Triigi_(Aleksandri)_vallavalitsus_Harjumaal, lk 12
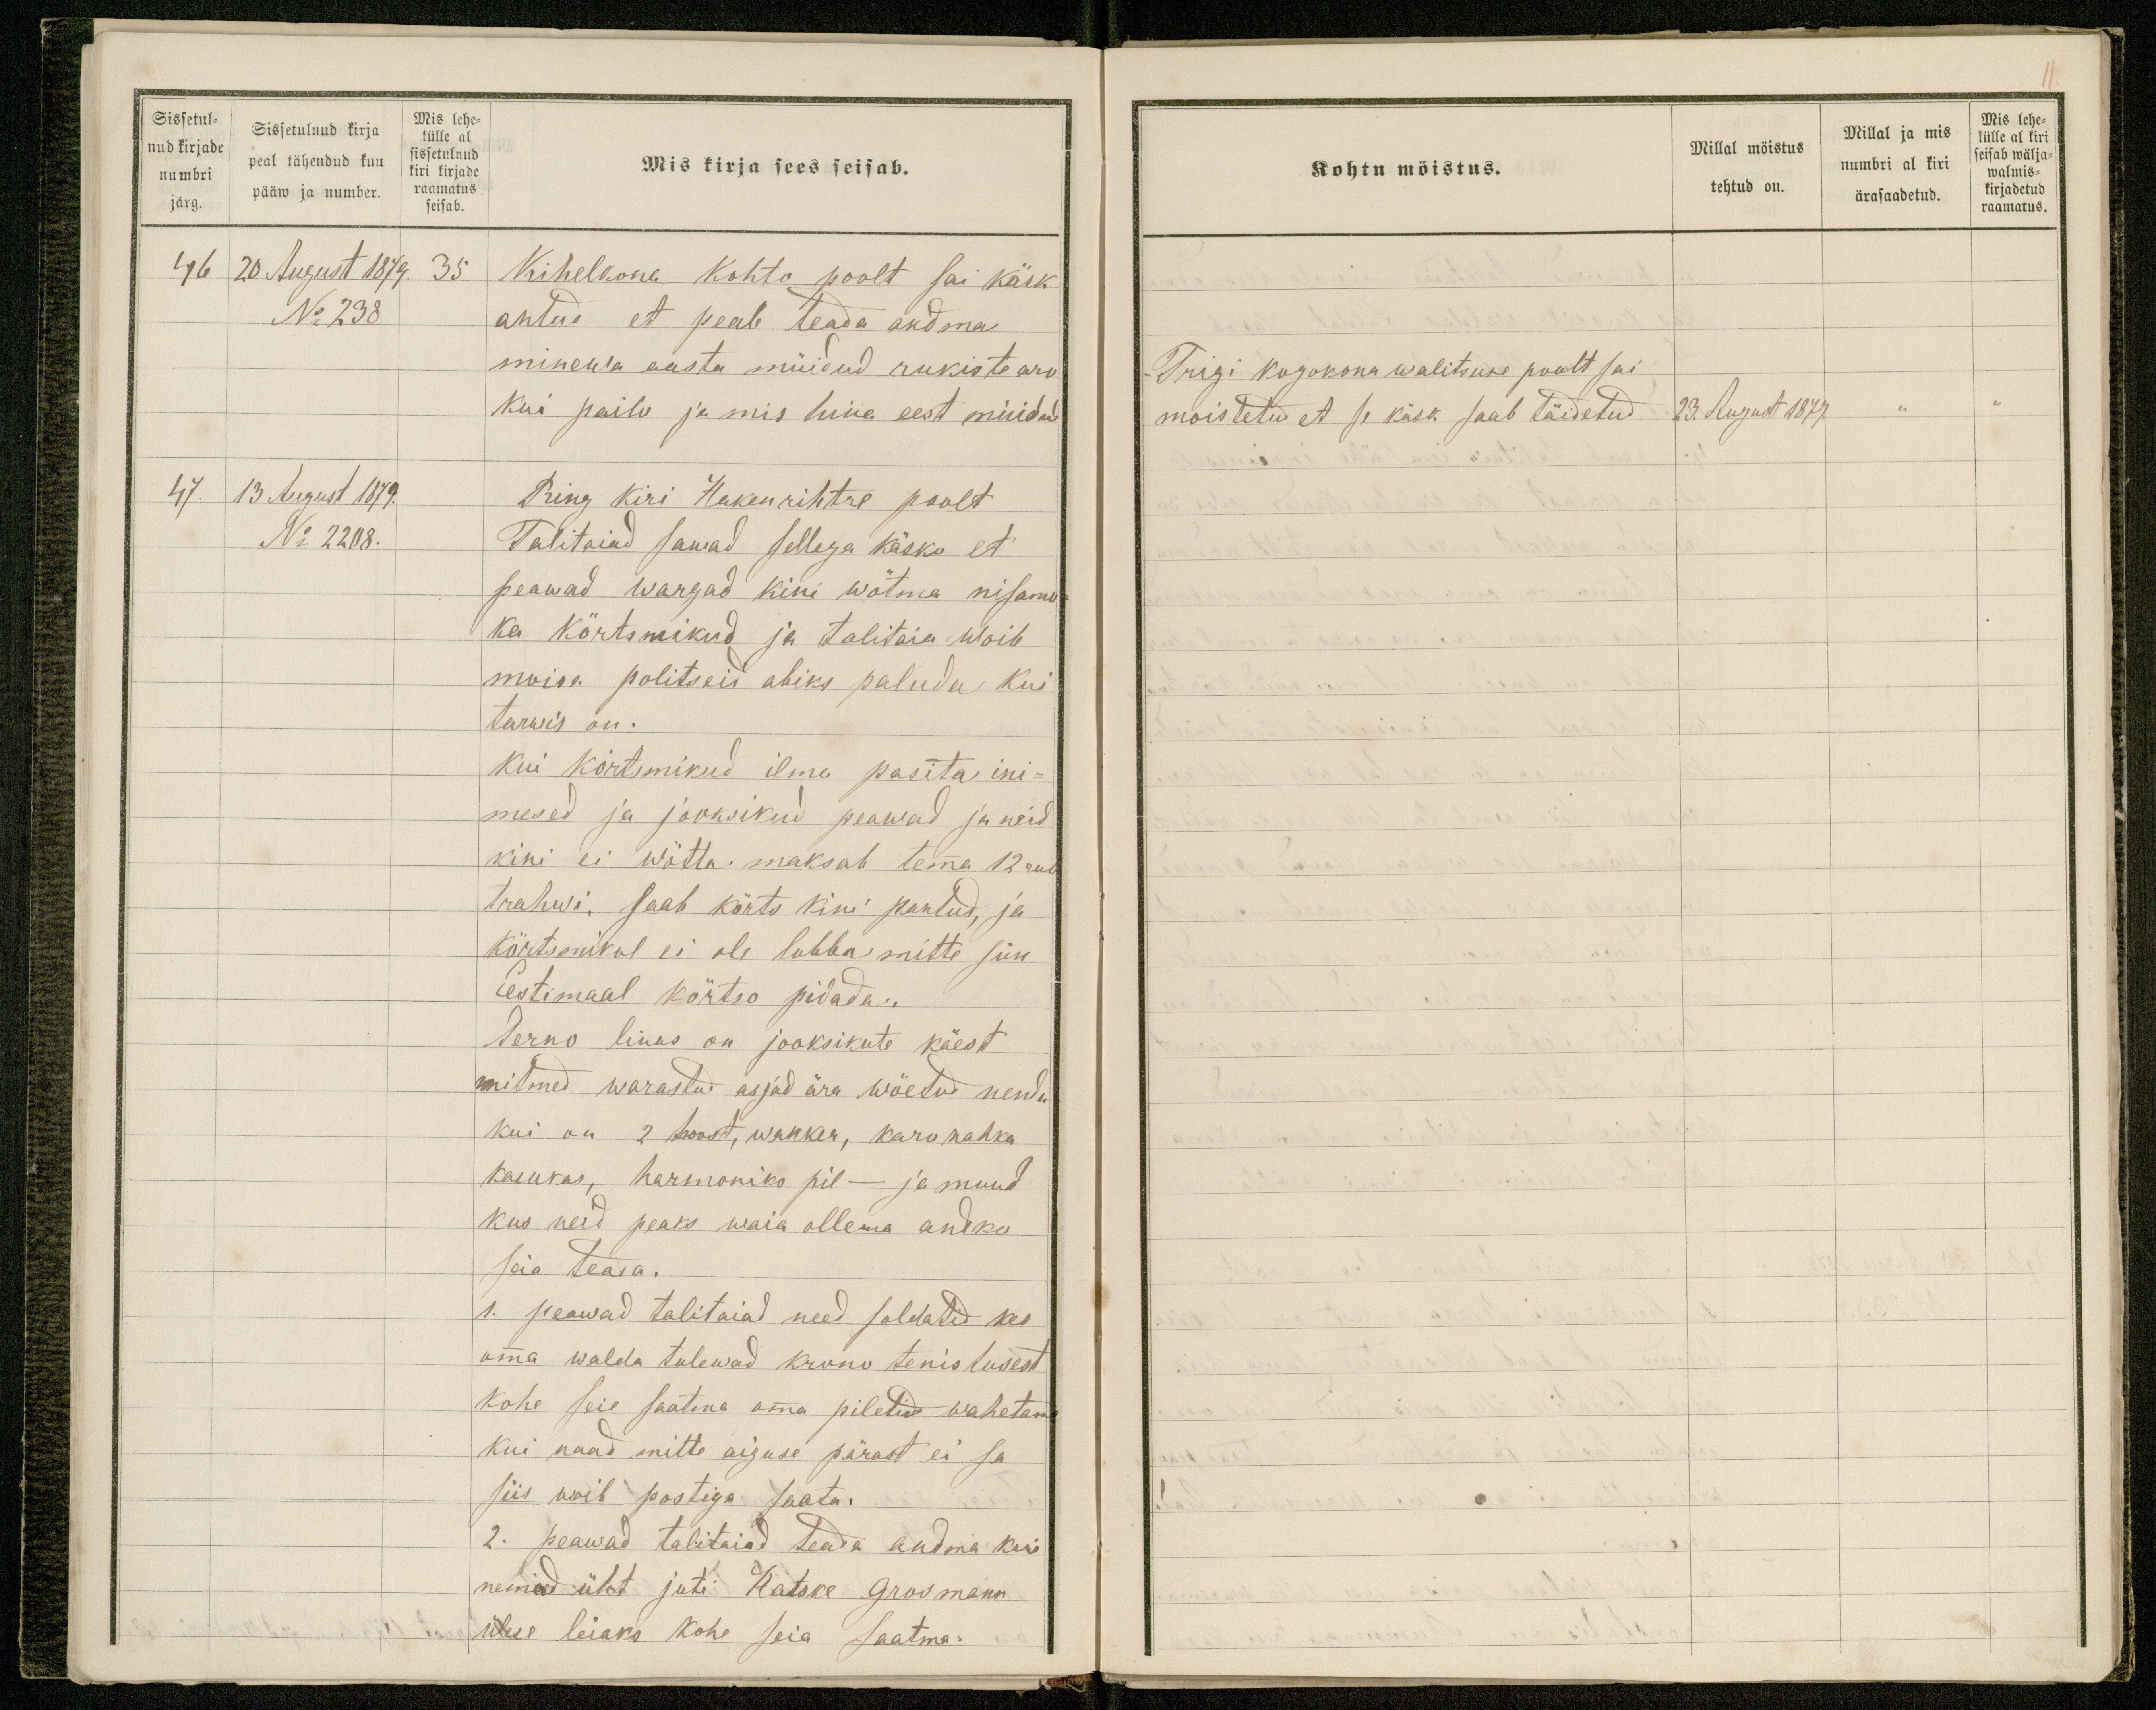
Sissetul-
nud kirjade
numbri
järg.
Sissetulnud kirja
peal tähendud kuu
pääw ja number.
Mis lehe-
külle al
sissetulnud
kiri kirjade
raamatus
seisab.
Mis kirja sees seisab.
46 20 August 1879. 35
Kihelkona kohto poolt sai käsk
No 238
antud et peab teada andma
minewa aasta müidud rukiste aro
Kui pailo ja mis hina eest müidud
47. 13 August 1879.
Ring kiri Hakenrihtre poolt
No 2208.
Talitaiad sawad sellega käsko et
peawad wargad kini wõtma nisama
ka körtsmikud ja talitaia woib
moisa politseid abiks paluda kui
tarwis on.
Kui körtsmikud ilma pasita ini-
mesed ja jooksikud peawad ja neid
kini ei wötta, maksab temma 12 rub.
trahwi. Saab kõrts kini pantud, ja
körtsmikul ei ole lubba mitte siin
Eestimaal kõrtso pidada.
Perno linas on jooksikute käest
mitmed warastud asjad ära wõetud nenda
kui on 2 hoost, wanker, karo nahka
kasukas, harmoniko pil - ja muud
kus neid peaks waia ollema andko
seia teada.
1. peawad talitaiad need soldatid kes
omma walda tulewad krono tenistusest
kohe seie saatma omma piletid wahetama
Kui naad mitte aiguse pärast ei sa
siis woib postiga saata.
2. peawad talitaiad teada andma kuid
nemad üht juti Hatske Grossmann
ülese leiaks kohe seia saatma.

Kohtu möistus.
Millal möistus
tehtud on.
Millal ja mis
numbri al kiri
ärasaadetud.
Mis lehe-
külle al kiri
seisab wälja-
walmis-
kirjadetud
raamatus.
Trigi kogokona walitsuse poolt sai
moistetud et se käsk saab täidetud.
23. August 1879.